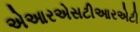
એઆરએસટીઆરએટી